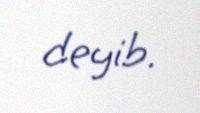
deyib.